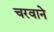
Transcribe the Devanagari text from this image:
चरवाने